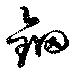
鈿